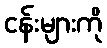
ငန်းများကို